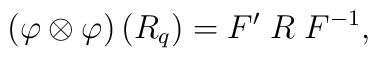
\left(\varphi\otimes\varphi\right) \left(R_{q}\right) = F' \; R \; F^{-1},